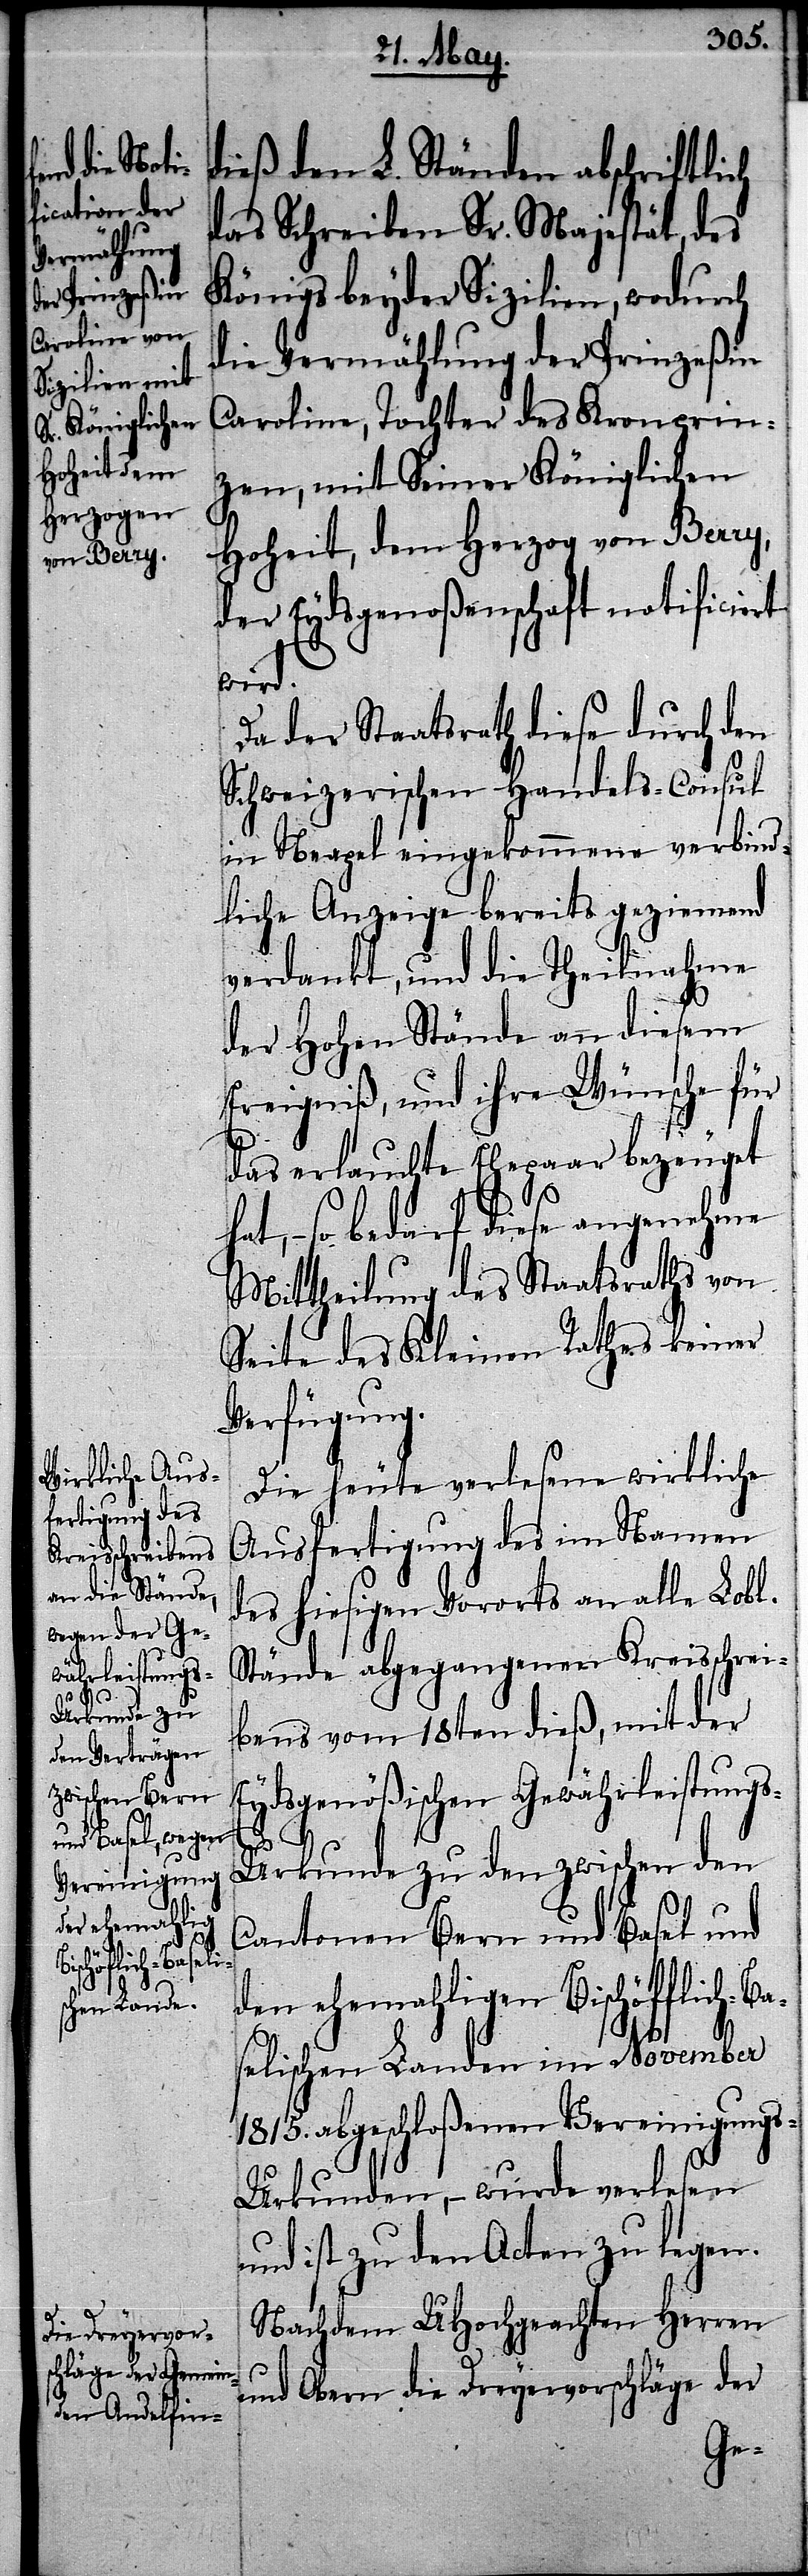
dieß den L. Ständen abschriftlich
das Schreiben Sr. Majestät, des
Königs beyder Sizilien, wodurch
die Vermählung der Prinzeßin
Caroline, Tochter des Kronprin¬
zen, mit Seiner Königlichen
Hoheit, dem Herzog von Berry,
der Eydsgenoßenschaft notificiert
wird.
Da der Staatsrath diese durch den
Schweizerischen Handels-Consul
in Neapel eingekommene verbind¬
liche Anzeige bereits geziemend
verdankt, und die Theilnahme
der Hohen Stände an diesem
Ereigniß, und ihre Wünsche für
das erlauchte Ehepaar bezeuget
hat, – so bedarf diese angenehme
Mittheilung des Staatsraths von
Seite des Kleinen Rathes keiner
Verfügung.
Die heute verlesene wirkliche
Ausfertigung des im Namen
des hiesigen Vororts an alle Lobl.
Stände abgegangenen Kreisschrei¬
bens vom 18ten dieß, mit der
Eydsgenößischen Gewährleistung¬
s-Urkunde zu den zwischen den
Cantonen Bern und Basel und
den ehemahligen Bischöfflich-B¬
aselischen Landen im November
1815. abgeschloßenen Vereinigung¬
s-Urkunden, – wurde verlesen
und ist zu den Acten zu legen.
Nachdem UHochgeachten Herren
und Obern die Dreyervorschläge der